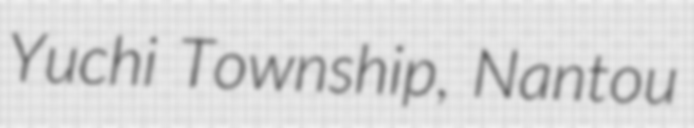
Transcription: Yuchi Township, Nantou